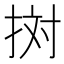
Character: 𢬭